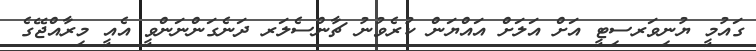
ގައުމީ ޔުނިވަރސިޓީ އަށް އަލަށް އައްޔަން ކުރެވުނު ޗާންސެލަރ ދަނެގަންނަންވީ އެއީ މިރާއްޖޭގެ